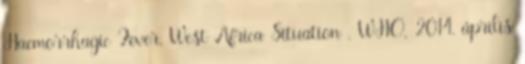
Haemorrhagic Fever, West Africa Situation . WHO, 2014. április